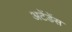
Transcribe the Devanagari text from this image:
अटेंडेंस